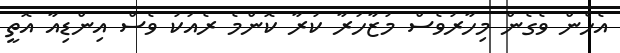
އެހެން ވެގެން މިހާރުވެސް މުޒާހަރާ ކުރާ ކޮންމެ ރެއަކު ވެސް އިންޑިއާ އޮތީ